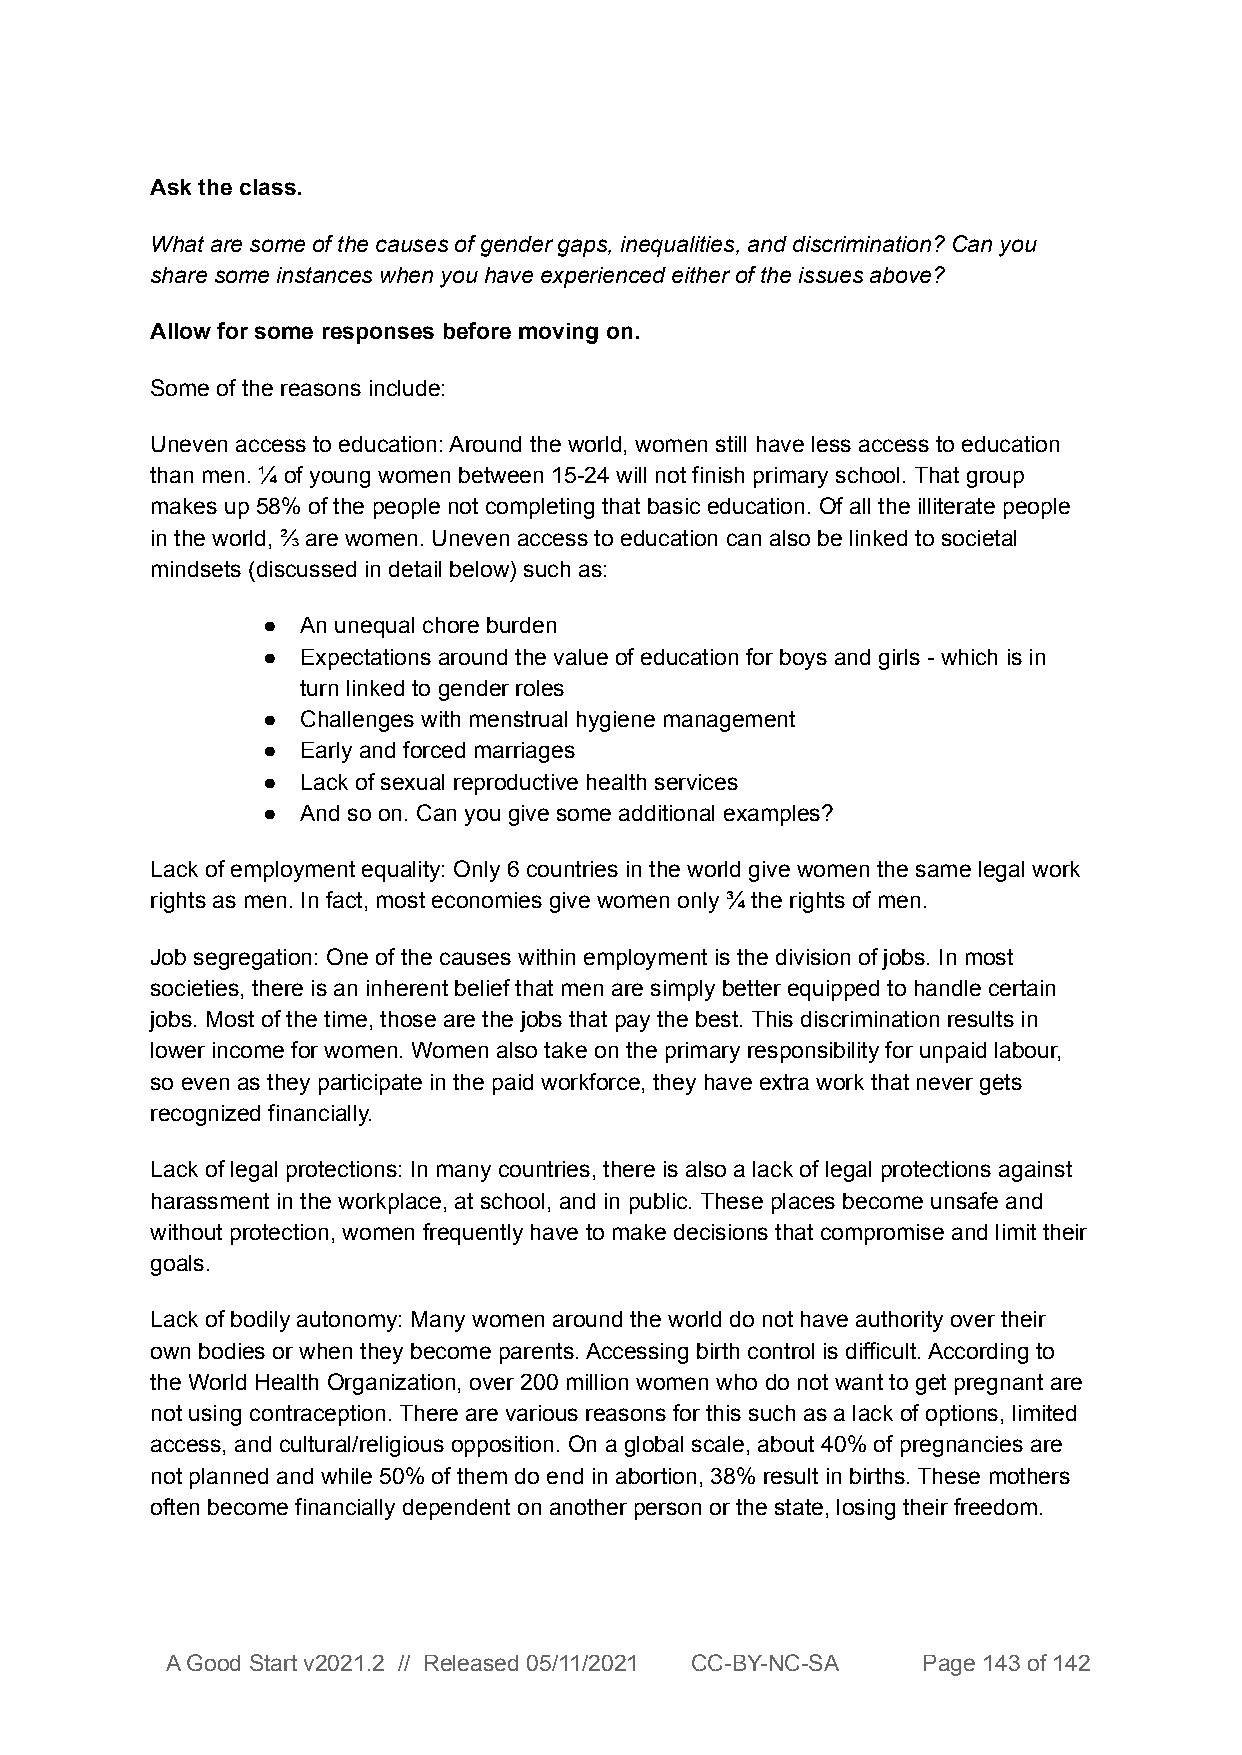
Ask the class.
 What are some of the causes of gender gaps, inequalities, and discrimination? Can you
 share some instances when you have experienced either of the issues above?
 Allow for some responses before moving on.
 Some of the reasons include:
 Uneven access to education: Around the world, women still have less access to education
 than men. ¼ of young women between 15-24 will not finish primary school. That group
 makes up 58% of the people not completing that basic education. Of all the illiterate people
 in the world, ⅔ are women. Uneven access to education can also be linked to societal
 mindsets (discussed in detail below) such as:
 ●  An unequal chore burden
 ●  Expectations around the value of education for boys and girls - which is in
 turn linked to gender roles
 ●  Challenges with menstrual hygiene management
 ●  Early and forced marriages
 ●  Lack of sexual reproductive health services
 ●  And so on. Can you give some additional examples?
 Lack of employment equality: Only 6 countries in the world give women the same legal work
 rights as men. In fact, most economies give women only ¾ the rights of men.
 Job segregation: One of the causes within employment is the division of jobs. In most
 societies, there is an inherent belief that men are simply better equipped to handle certain
 jobs. Most of the time, those are the jobs that pay the best. This discrimination results in
 lower income for women. Women also take on the primary responsibility for unpaid labour,
 so even as they participate in the paid workforce, they have extra work that never gets
 recognized financially.
 Lack of legal protections: In many countries, there is also a lack of legal protections against
 harassment in the workplace, at school, and in public. These places become unsafe and
 without protection, women frequently have to make decisions that compromise and limit their
 goals.
 Lack of bodily autonomy: Many women around the world do not have authority over their
 own bodies or when they become parents. Accessing birth control is difficult. According to
 the World Health Organization, over 200 million women who do not want to get pregnant are
 not using contraception. There are various reasons for this such as a lack of options, limited
 access, and cultural/religious opposition. On a global scale, about 40% of pregnancies are
 not planned and while 50% of them do end in abortion, 38% result in births. These mothers
 often become financially dependent on another person or the state, losing their freedom.
 A Good Start v2021.2 // Released 05/11/2021 CC-BY-NC-SA Page 143 of 142